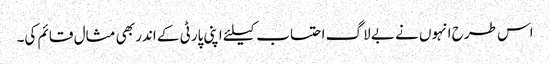
اس طرح انہوں نے بے لاگ احتساب کیلئے اپنی پارٹی کے اندر بھی مثال قائم کی۔